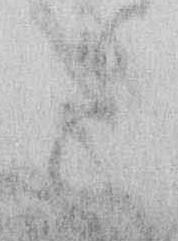
と